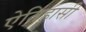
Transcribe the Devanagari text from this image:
ऐतिहासी